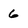
Character: 6